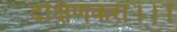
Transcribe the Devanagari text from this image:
दक्षिणकरा।।।